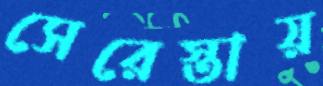
সেরেস্তায়